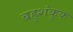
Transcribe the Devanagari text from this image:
बहुशंकुक